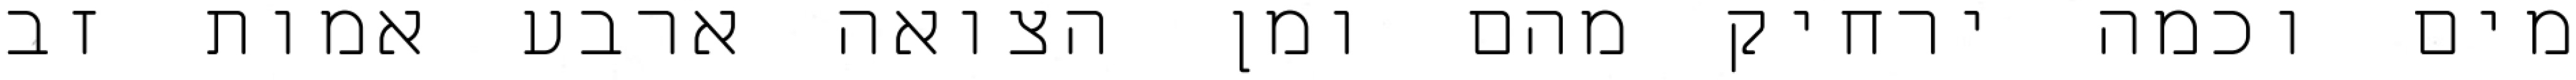
מים וכמה ירחיק מהם ומן הצואה ארבע אמות זב